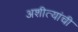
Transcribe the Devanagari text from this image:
अशीत्यांची